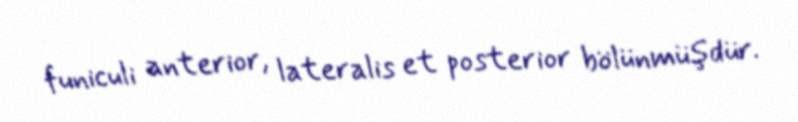
funiculi anterior, lateralis et posterior bölünmüşdür.